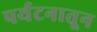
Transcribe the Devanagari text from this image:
पर्यटनातून